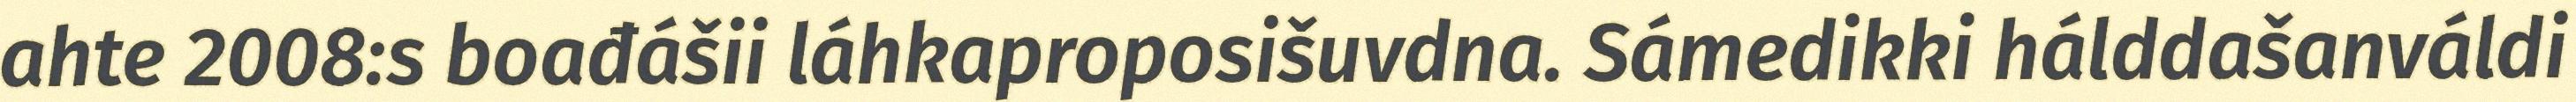
ahte 2008:s boađášii láhkaproposišuvdna. Sámedikki hálddašanváldi